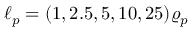
\ell _ { p } = ( 1 , 2 . 5 , 5 , 1 0 , 2 5 ) \varrho _ { p }